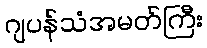
ဂျပန်သံအမတ်ကြီး